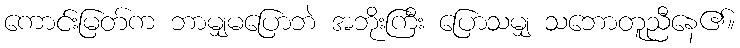
ကောင်းမြတ်က ဘာမျှမပြောဘဲ အဘိုးကြီး ပြောသမျှ သဘောတူညီနေ၏။